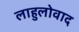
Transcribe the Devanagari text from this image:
लाहुलोवाद